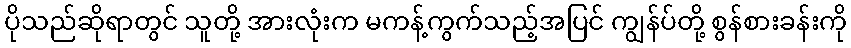
ပိုသည်ဆိုရာတွင် သူတို့ အားလုံးက မကန့်ကွက်သည့်အပြင် ကျွန်ပ်တို့ စွန်စားခန်းကို